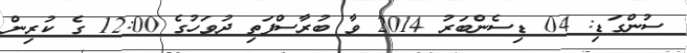
ސުންގަޑި: 04 ޑިސެންބަރު 2014 ވާ ބުރާސްފަތި ދުވަހުގެ 12:00 ގެ ކުރިން